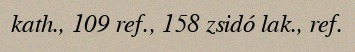
kath., 109 ref., 158 zsidó lak., ref.